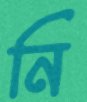
নি